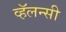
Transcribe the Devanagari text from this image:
व्हॅलन्सी